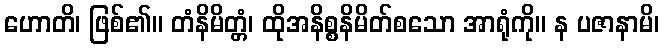
ဟောတိ၊ ဖြစ်၏။ တံနိမိတ္တံ၊ ထိုအနိစ္စနိမိတ်စသော အာရုံကို။ န ပဇာနာမိ၊